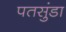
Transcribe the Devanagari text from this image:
पतसुंडा